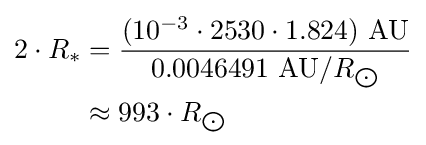
{\begin{aligned}2\cdot R_{*}&={\frac {(10^{-3}\cdot 2530\cdot 1.824)\ {\text{AU}}}{0.0046491\ {\text{AU}}/R_{\bigodot }}}\\&\approx 993\cdot R_{\bigodot }\end{aligned}}